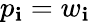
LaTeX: p_{\mathbf{i}}=w_{\mathbf{i}}